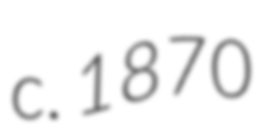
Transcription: c. 1870